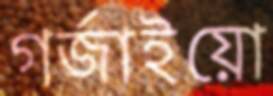
গর্জাইয়ো